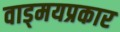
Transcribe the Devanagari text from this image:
वाड्मयप्रकार